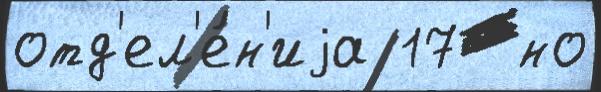
отд'ел'е́н'иjа 17  но